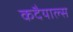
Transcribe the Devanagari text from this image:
कदैयाल्स